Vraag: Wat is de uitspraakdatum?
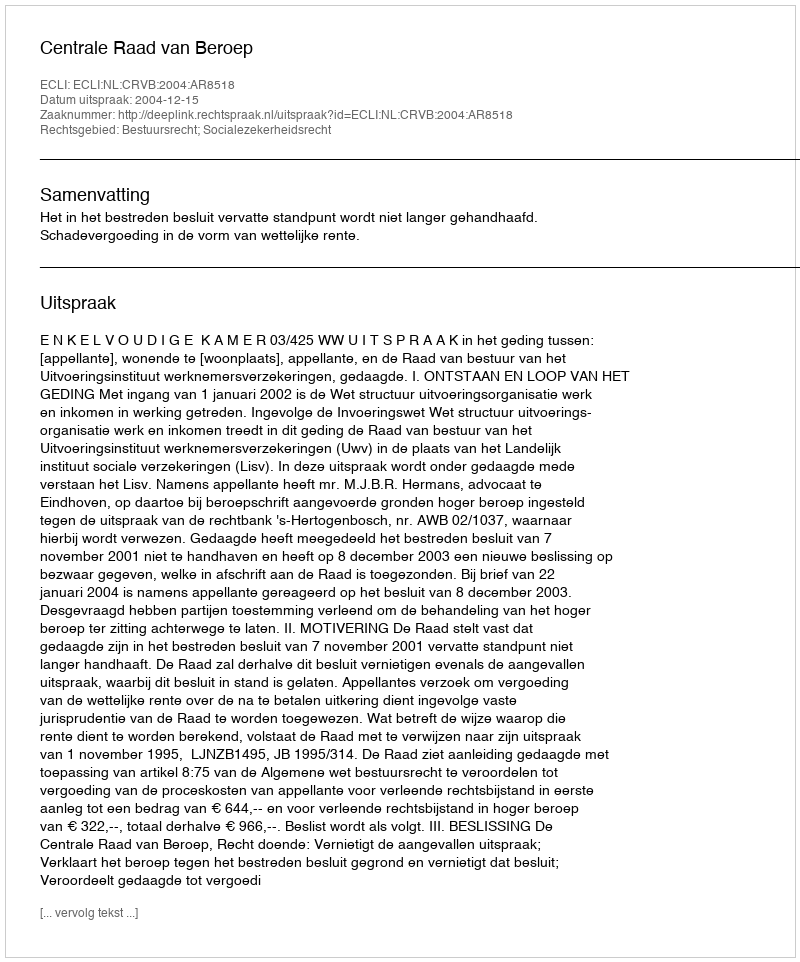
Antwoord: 2004-12-15